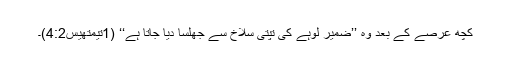
کچھ عرصے کے بعد وہ ’’ضمیر لوہے کی تپتی سلاخ سے جُھلسا دیا جاتا ہے‘‘ (1تیمُتھِیُس4:2)۔